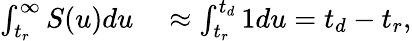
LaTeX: \begin{array}{rl}{\int_{t_{r}}^{\infty}S(u)du}&{{}\approx\int_{t_{r}}^{t_{d}}1du=t_{d}-t_{r},}\end{array}